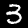
Digit: 3